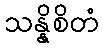
သန္နိစိတံ